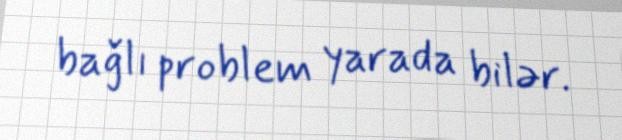
bağlı problem yarada bilər.